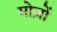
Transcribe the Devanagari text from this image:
मोज़ों